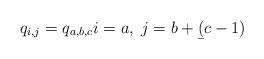
LaTeX: \begin{align*}q_{i,j} = q_{a,b,c} i=a, \; j=b+\b(c-1)\end{align*}